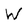
Character: W